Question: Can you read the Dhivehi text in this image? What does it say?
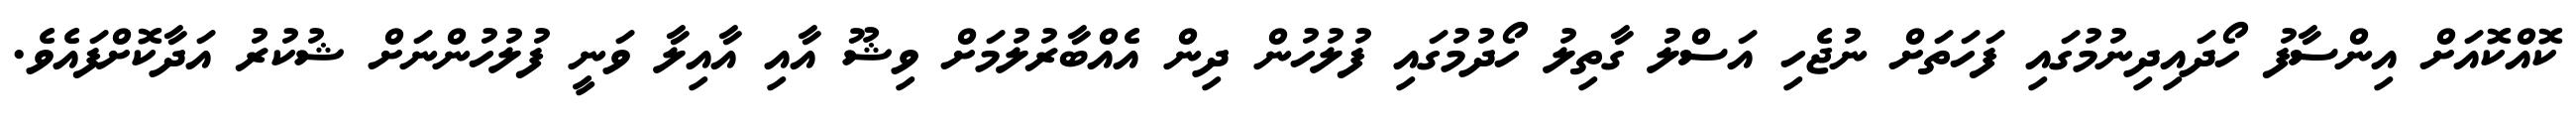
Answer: ކޮއްކޮއަށް އިންސާފު ހޯދައިދިނުމުގައި ފަހަތަށް ނުޖެހި އަސްލު ގާތިލު ހޯދުމުގައި ފުލުހުން ދިން އެއްބާރުލުމަށް ވިޝޫ އާއި އާއިލާ ވަނީ ފުލުހުންނަށް ޝުކުރު އަދާކޮށްފައެވެ.